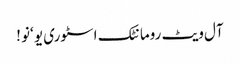
آل ویٹ رومانٹک اسٹوری یو ‘نو !